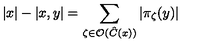
\left| x \right| - \left| x , y \right| = \sum _ { \zeta \in \mathcal { O } ( \hat { C } ( x ) ) } \left| \pi _ { \zeta } ( y ) \right|